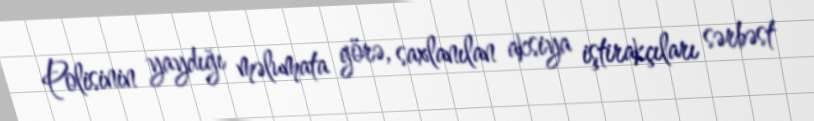
Polisinin yaydığı məlumata görə, saxlanılan aksiya iştirakçıları sərbəst